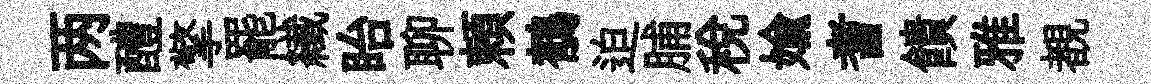
两醴擎罷纎眙聊頼鶺迫脯稅媮耆饋雅覩